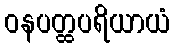
ဝနပတ္ထပရိယာယံ